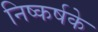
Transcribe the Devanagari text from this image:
निष्कर्षके